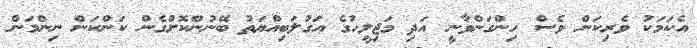
އެކަމަކު ވެރިކަން ވެސް ހިންގަންވާނީ އަދި މަޖިލީހުގެ އަގުލަބިއްޔަތު ބޭނުންކޮށްގެން ކަންކަން ނިންމަން